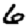
Digit: 6